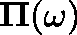
\mathbf { \Pi } ( \omega )